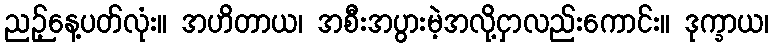
ညဉ့်နေ့ပတ်လုံး။ အဟိတာယ၊ အစီးအပွားမဲ့အလို့ငှာလည်းကောင်း။ ဒုက္ခာယ၊